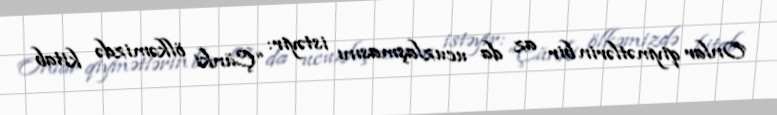
Onlar qiymətlərin bir az da ucuzlaşmasını istəyir: “Çünki ölkəmizdə kitab